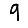
Digit: 9